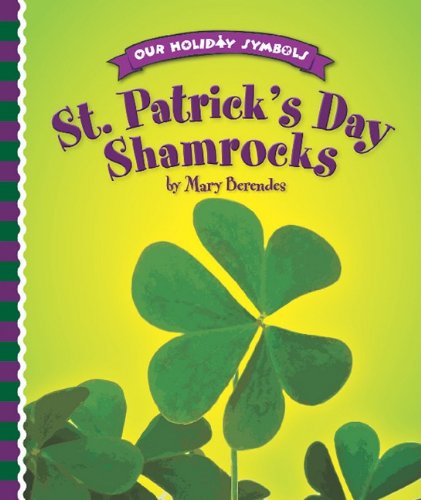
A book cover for St. Patrick's Day Shamrocks (Our Holiday Symbols); Mary Berendes; Children's Books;